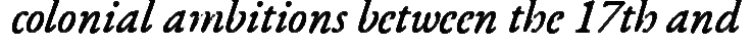
colonial ambitions between the 17th and